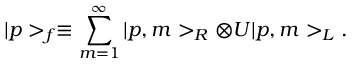
| p > _ { f } \equiv \sum _ { m = 1 } ^ { \infty } | p , m > _ { R } \otimes U | p , m > _ { L } .